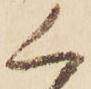
く